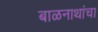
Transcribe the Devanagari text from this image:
बाळनाथांचा